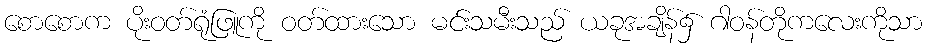
စောစောက ပိုးဝတ်ရုံဖြူကို ဝတ်ထားသော မင်းသမီးသည် ယခုအချိန်၌ ဂါဝန်တိုကလေးကိုသာ